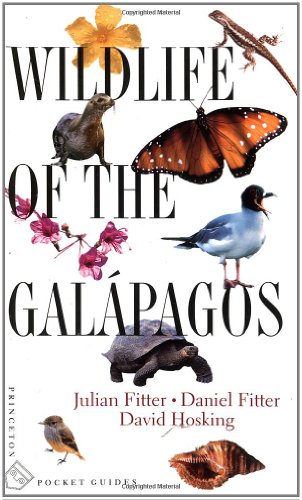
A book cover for Wildlife of the GalÃ¡pagos (Princeton Pocket Guides); Julian Fitter; Science & Math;